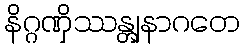
နိဂ္ဂဏှိဿန္တျနာဂတေ